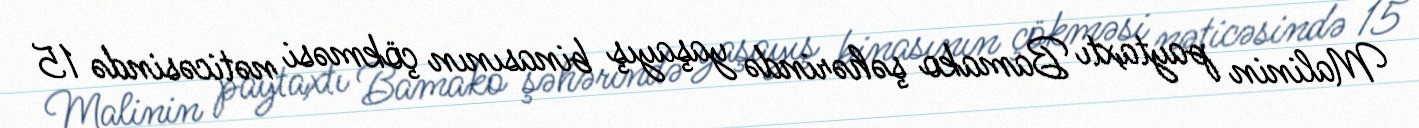
Malinin paytaxtı Bamako şəhərində yaşayış binasının çökməsi nəticəsində 15